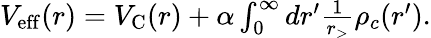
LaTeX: \begin{array}{r}{V_{\mathrm{eff}}(r)=V_{\mathrm{C}}(r)+\alpha\int_{0}^{\infty}dr^{\prime}\frac{1}{r_{>}}\rho_{c}(r^{\prime}).}\end{array}